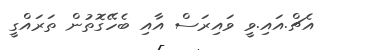
އެޗް.އައި.ވީ ވައިރަސް އާއި ބެހޭގޮތުން ތަރައްގީ